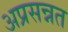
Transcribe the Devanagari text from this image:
अप्रसन्नत